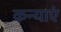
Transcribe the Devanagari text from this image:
कन्‍याएं